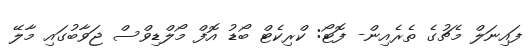
ފައިނަލް މެޗުގެ ތެރެއިން- ފޮޓޯ: ކްރިކެޓް ބޯޑު އޮފް މޯލްޑިވްސް ޖަވާބުގައި މާލޭ